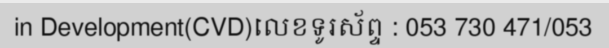
in Development(CVD)លេខទូរស័ព្ទ : 053 730 471/053